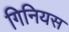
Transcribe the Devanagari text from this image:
गिनियस